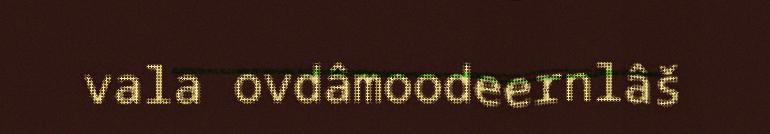
vala ovdâmoodeernlâš